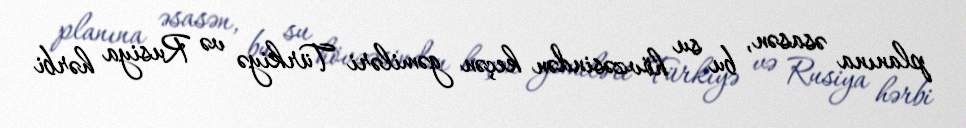
planına əsasən, bu su hövzəsindən keçən gəmiləri Türkiyə və Rusiya hərbi